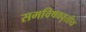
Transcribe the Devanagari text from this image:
समविषववृतीय